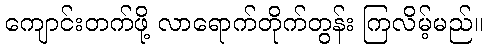
ကျောင်းတက်ဖို့ လာရောက်တိုက်တွန်း ကြလိမ့်မည်။